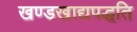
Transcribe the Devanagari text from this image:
खण्डखाद्यपद्धति